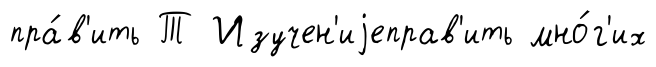
пра́в'ить Т Изучен'иjеправ'ить мно́г'их